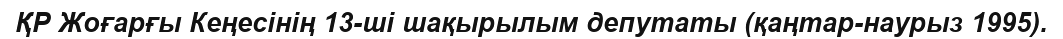
ҚР Жоғарғы Кеңесінің 13-ші шақырылым депутаты (қаңтар-наурыз 1995).